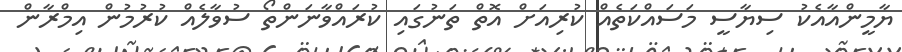
ޔާމީންއާއެކު ސިޔާސީ މަސައްކަތެއް ކުރިއަށް އޮތް ތަނުގައި ކުރައްވާނަންތޯ ސުވާލެއް ކުރުމުން އިމްރާން